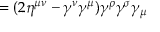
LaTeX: = ( 2 \eta ^ { \mu \nu } - \gamma ^ { \nu } \gamma ^ { \mu } ) \gamma ^ { \rho } \gamma ^ { \sigma } \gamma _ { \mu }